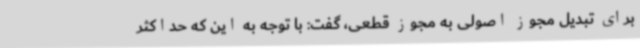
برای تبدیل مجوز اصولی به مجوز قطعی، گفت: با توجه به این که حداکثر